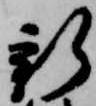
新